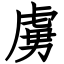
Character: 虜